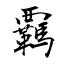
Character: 覊